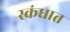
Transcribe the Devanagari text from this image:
स्कंधात